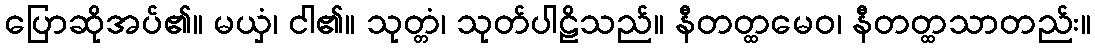
ပြောဆိုအပ်၏။ မယှံ၊ ငါ၏။ သုတ္တံ၊ သုတ်ပါဠိသည်။ နီတတ္ထမေဝ၊ နီတတ္ထသာတည်း။